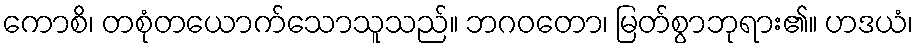
ကောစိ၊ တစုံတယောက်သောသူသည်။ ဘဂဝတော၊ မြတ်စွာဘုရား၏။ ဟဒယံ၊